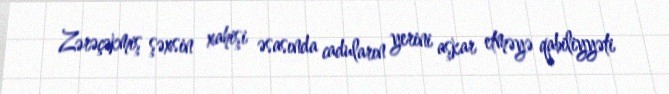
Zərəçəkmiş şəxsin xahişi əsasında caduların yerini aşkar etməyə qabiliyyəti